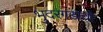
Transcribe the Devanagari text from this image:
भुदरगडाची